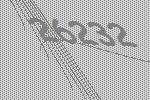
26232